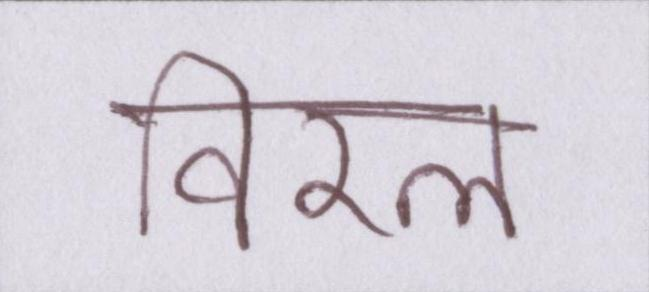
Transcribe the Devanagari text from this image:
विरल